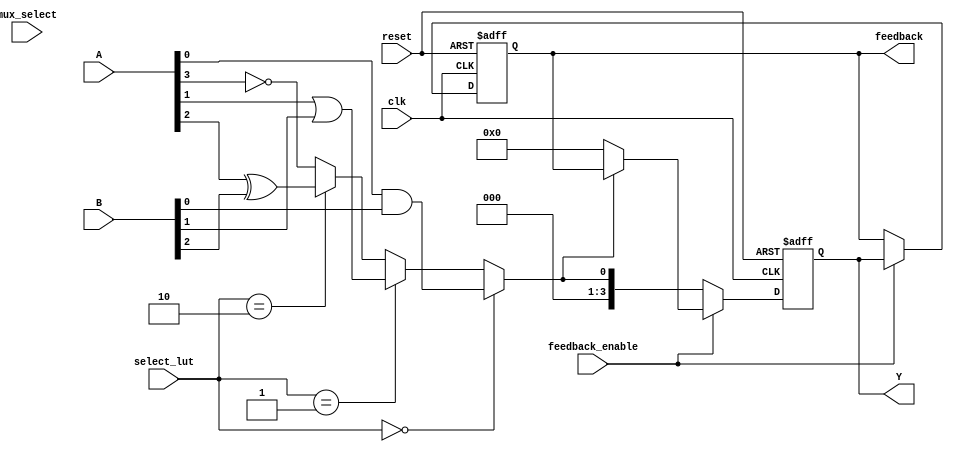
module clb (
    input wire [3:0] A,         // Input lines
    input wire [3:0] B,         // Additional input lines for logic functions
    input wire [1:0] select_lut, // Selector for LUT (to choose operation)
    input wire mux_select,       // Selector for the mux
    input wire feedback_enable,   // Control signal for feedback path
    input wire clk,              // Clock signal
    input wire reset,            // Reset signal
    output reg [3:0] Y,          // Output lines
    output reg [3:0] feedback    // Feedback path output
);

// Logic Function Units (LUTs)
wire [3:0] lut_output;

assign lut_output[0] = A[0] & B[0]; // AND
assign lut_output[1] = A[1] | B[1]; // OR
assign lut_output[2] = A[2] ^ B[2]; // XOR
assign lut_output[3] = ~A[3];        // NOT

// Multiplexer to choose the appropriate LUT output
wire mux_output;

assign mux_output = (select_lut == 2'b00) ? lut_output[0] :
                    (select_lut == 2'b01) ? lut_output[1] :
                    (select_lut == 2'b10) ? lut_output[2] :
                                            lut_output[3]; // Default: NOT

// Feedback path handling
always @(posedge clk or posedge reset) begin
    if (reset) begin
        Y <= 4'b0000;
        feedback <= 4'b0000;
    end else begin
        if (feedback_enable) begin
            // Enable feedback path
            feedback <= Y;
            Y <= mux_output ? feedback : mux_output; // Feedback conditionally chosen
        end else begin
            Y <= mux_output;
        end
    end
end

endmodule